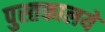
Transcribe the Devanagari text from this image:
पुस्तकालये